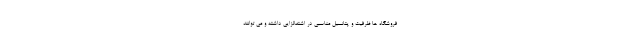
فروشگاه ها ظرفیت و پتانسیل مناسبی در اشتغالزایی داشته و می توانند